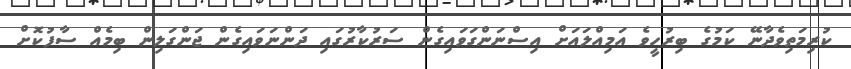
ކުރިމަތިވެދާނޭ ކަމުގެ ބިރުހީވެ އަމިއްލައަށް އިސްނަންގަވައިގެން ސަރުކާރުގައި ދަންނަވަައިގެން ޖަންގަލިން ބިމެއް ސާފުކޮށް